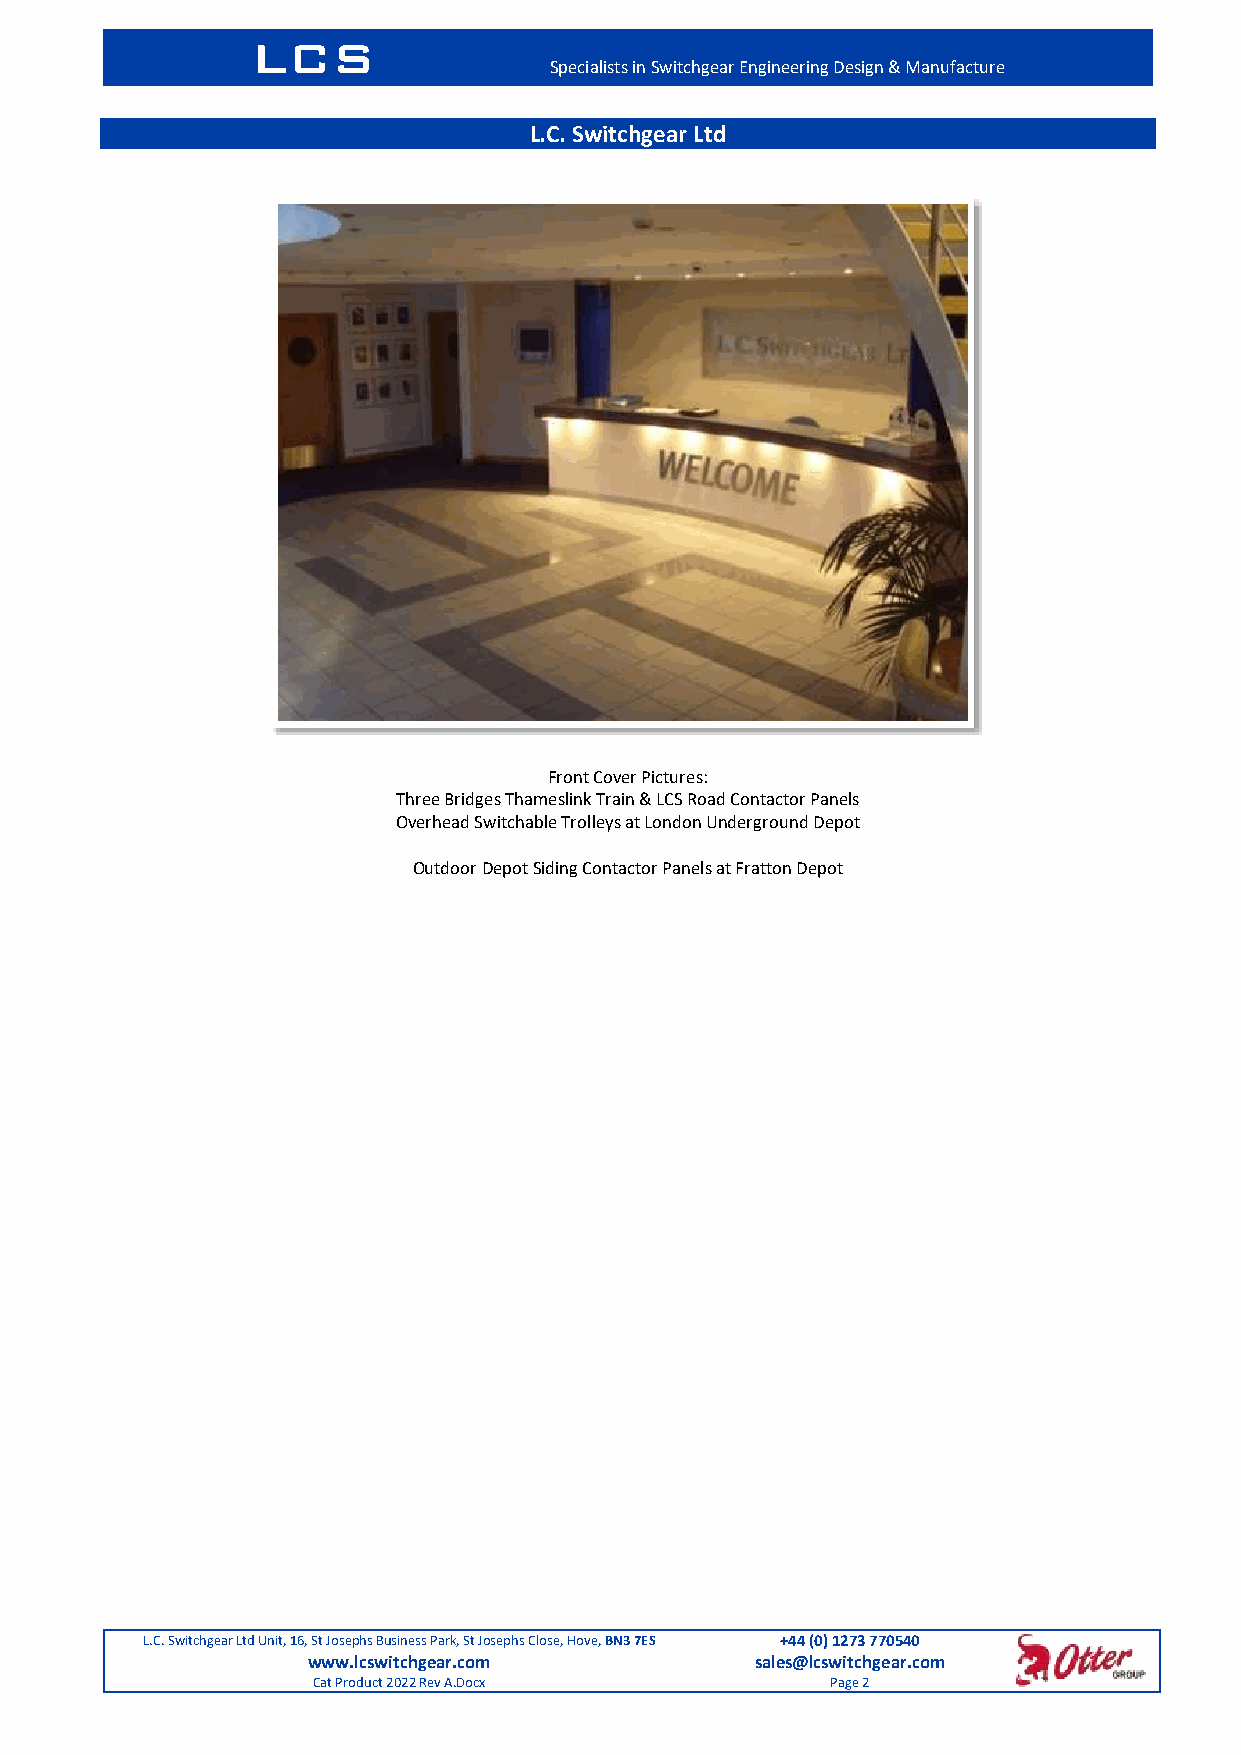
LCS
 Specialists in Switchgear Engineering Design & Manufacture
 L.C. Switchgear Ltd
 Front Cover Pictures:
 Three Bridges Thameslink Train & LCS Road Contactor Panels
 Overhead Switchable Trolleys at London Underground Depot
 Outdoor Depot Siding Contactor Panels at Fratton Depot
 L.C. Switchgear Ltd Unit, 16, St Josephs Business Park, St Josephs Close, Hove, BN3 7ES +44 (0) 1273 770540
 www.lcswitchgear.com          sales@lcswitchgear.com
 Cat Product 2022 Rev A.Docx       Page 2